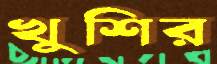
খুশির